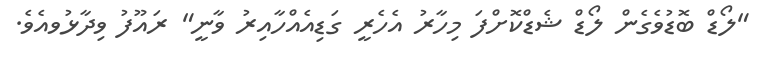
"ލޯޑް ބޮޑުވެގެން ލޯޑް ޝެޑްކޮށްފަ މިހާރު އެހެރީ ގަޑިއެއްހާއިރު ވާނީ" ރައޫފު ވިދާޅުވއެވެ.